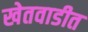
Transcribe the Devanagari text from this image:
खेतवाडीत